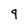
Character: q